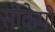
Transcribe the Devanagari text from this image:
सीकेपी